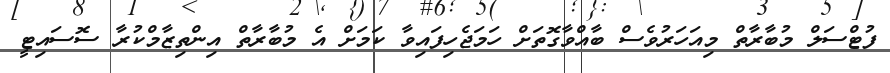
ފުޓްސަލް މުބާރާތް މިއަހަރުވެސް ބާއްވާގޮތަށް ހަމަޖެހިފައިވާ ކަމަށް އެ މުބާރާތް އިންތިޒާމްކުރާ ސޮސައިޓީ